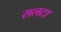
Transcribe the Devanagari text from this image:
सलटा